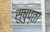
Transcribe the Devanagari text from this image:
सुषुप्ता